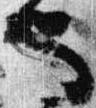
也